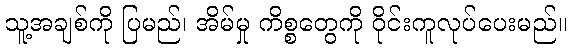
သူ့အချစ်ကို ပြမည်၊ အိမ်မှု ကိစ္စတွေကို ဝိုင်းကူလုပ်ပေးမည်။